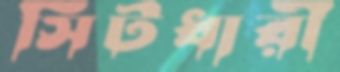
সিটধারী